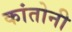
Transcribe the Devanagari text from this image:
कांतोनी